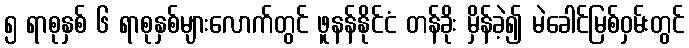
၅ ရာစုနှစ် ၆ ရာစုနှစ်များလောက်တွင် ဖူနန်နိုင်ငံ တန်ခိုး မှိန်ခဲ့၍ မဲခေါင်မြစ်ဝှမ်းတွင်